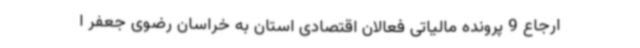
ارجاع 9 پرونده مالیاتی فعالان اقتصادی استان به خراسان رضوی جعفر ا